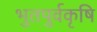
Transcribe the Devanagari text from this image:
भुतपुर्वकृषि